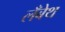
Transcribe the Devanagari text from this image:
लँबेथ